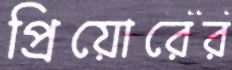
প্রিয়োরের